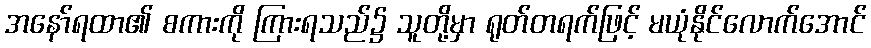
အနော်ရထာ၏ စကားကို ကြားရသည်၌ သူတို့မှာ ရုတ်တရက်ဖြင့် မယုံနိုင်လောက်အောင်